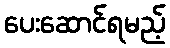
ပေးဆောင်ရမည့်